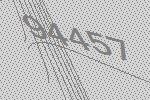
94457